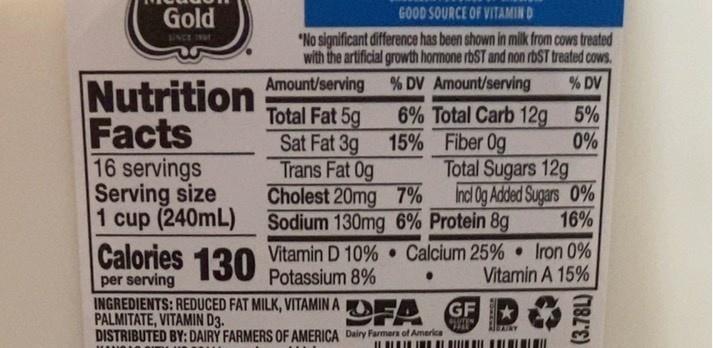
Gold
GOOD SOURCE OF VITAMIN D
"No significant difference has been shown in milk from cows treated with the artificial growth hormone rbST and non rbST treated cows.
SINCE TWY
Amount/serving
% DV Amount/serving
% DV
Nutrition Facts 16 servings Serving size
Total Fat 5g Sat Fat 3g 15% Fiber 0g Trans Fat 0g Cholest 20mg 7% 1 cup (240mL) Sodium 130mg 6% Protein 8g
6% Total Carb 12g 5% 0% Total Sugars 12g Incl Og Added Sugars 0% 16%
Calories 130
Vitamin D 10% Calcium 25%• Iron 0% Potassium 8%
per serving
Vitamin A 15%
INGREDIENTS: REDUCED FAT MILK, VITAMIN A PALMITATE, VITAMIN D3. DISTRIBUTED BY: DAIRY FARMERS OF AMERICA Dairy Farmers of America
OFA
GF
(3.78L)